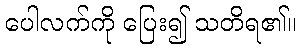
ပေါလက်ကို ပြေး၍ သတိရ၏။